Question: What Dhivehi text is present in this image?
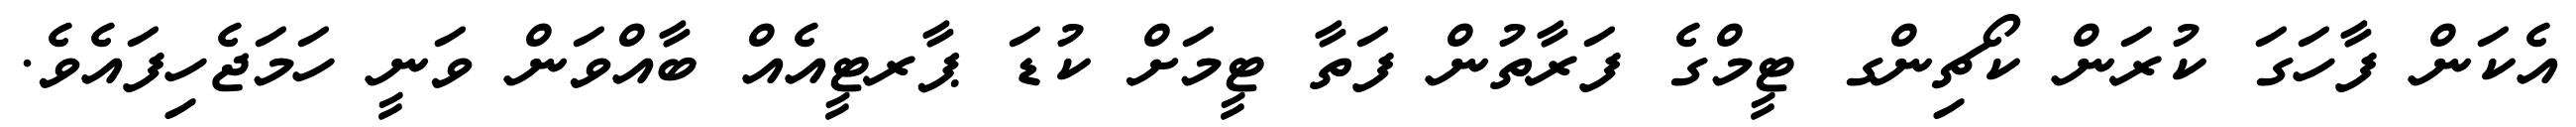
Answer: އެކަން ފާހަގަ ކުރަން ކޯޗިންގ ޓީމްގެ ފަރާތުން ފަތާ ޓީމަށް ކުޑަ ޕާރޓީއެއް ބާއްވަން ވަނީ ހަމަޖެހިފައެވެ.